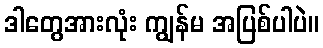
ဒါတွေအားလုံး ကျွန်မ အပြစ်ပါပဲ။